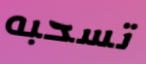
تسحبه